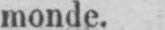
monde.